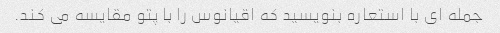
جمله ای با استعاره بنویسید که اقیانوس را با پتو مقایسه می کند.